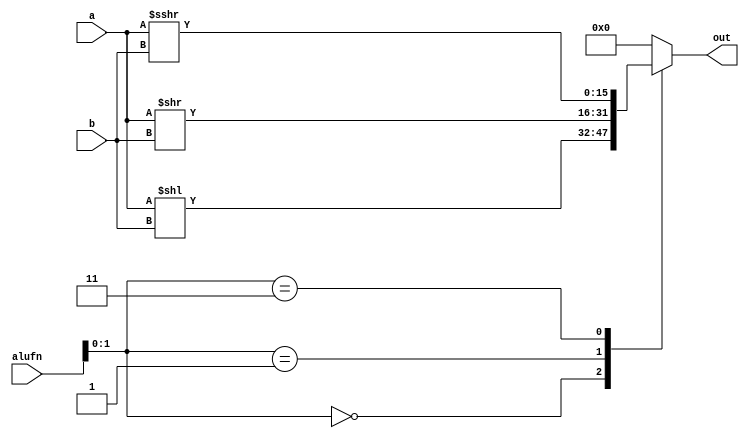
module shift16_8 (
    input [15:0] a,
    input [15:0] b,
    input [5:0] alufn,
    output reg [15:0] out
  );
  
  
  
  always @* begin
    out = 1'h0;
    
    case (alufn[0+1-:2])
      2'h0: begin
        out = a << b;
      end
      2'h1: begin
        out = a >> b;
      end
      2'h3: begin
        out = $signed(a) >>> b;
      end
    endcase
  end
endmodule